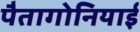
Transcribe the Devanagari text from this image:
पैतागोनियाई